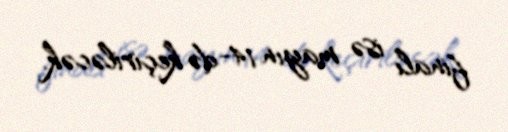
finalı isə mayın 14-də keçiriləcək.